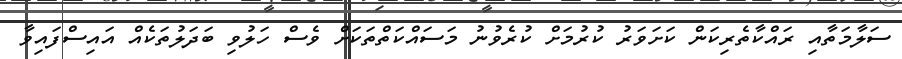
ސަލާމަތާއި ރައްކާތެރިކަން ކަށަވަރު ކުރުމަށް ކުރެވުނު މަސައްކަތްތަކަށް ވެސް ހަލުވި ބަދަލުތަކެއް އައިސްފައިވާ